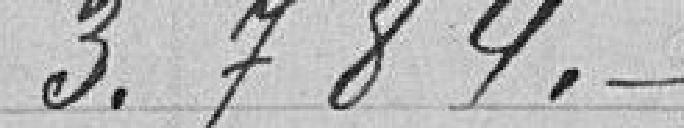
3.784.